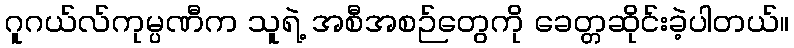
ဂူဂယ်လ်ကုမ္ပဏီက သူရဲ့ အစီအစဉ်တွေကို ခေတ္တဆိုင်းခဲ့ပါတယ်။